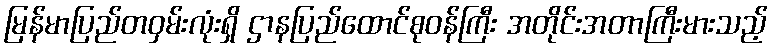
မြန်မာပြည်တဝှမ်းလုံးရှိ ဌာနပြည်ထောင်စုဝန်ကြီး အတိုင်းအတာကြီးမားသည့်